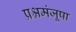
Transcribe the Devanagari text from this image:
प्रश्नमंजूषा